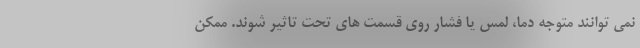
نمی توانند متوجه دما، لمس یا فشار روی قسمت های تحت تاثیر شوند. ممکن